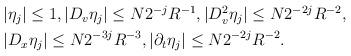
LaTeX: \begin{align*}\begin{aligned} &|\eta_j|\le 1,|D_v \eta_j|\le N2^{-j}R^{-1}, |D^2_v \eta_j|\le N2^{-2j}R^{-2},\\& |D_x \eta_j|\le N2^{-3j}R^{-3}, |\partial_t \eta_j| \le N2^{-2j}R^{-2}.\end{aligned}\end{align*}